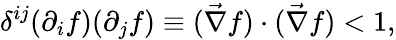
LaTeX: \delta^{ij}(\partial_{i}f)(\partial_{j}f)\equiv(\vec{\nabla}f)\cdot(\vec{\nabla}f)<1,